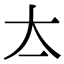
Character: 𡗓